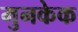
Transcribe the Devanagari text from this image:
मुनकेक